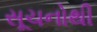
સૂચનોથી